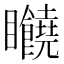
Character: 𥍘